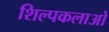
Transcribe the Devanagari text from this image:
शिल्‍पकलाओ